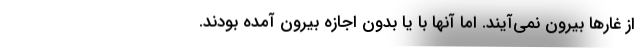
از غارها بیرون نمی‌آیند. اما آنها با یا بدون اجازه بیرون آمده بودند.